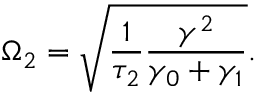
\Omega _ { 2 } = \sqrt { \frac { 1 } { \tau _ { 2 } } \frac { \gamma ^ { 2 } } { \gamma _ { 0 } + \gamma _ { 1 } } } .